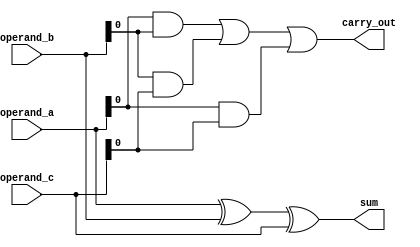
module Carry_Save_Adder(
  input [3:0] operand_a,
  input [3:0] operand_b,
  input [3:0] operand_c,
  output [3:0] sum,
  output carry_out
);

assign sum = operand_a ^ operand_b ^ operand_c;
assign carry_out = (operand_a & operand_b) | (operand_b & operand_c) | (operand_a & operand_c);

endmodule